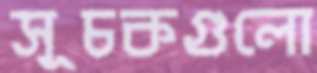
সূচকগুলো